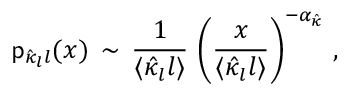
{ \sf p } _ { \hat { \kappa } _ { l } l } ( x ) \, \sim \, \frac { 1 } { \langle \hat { \kappa } _ { l } l \rangle } \, \left( \frac { x } { \langle \hat { \kappa } _ { l } l \rangle } \right) ^ { - \alpha _ { \hat { \kappa } } } \, ,